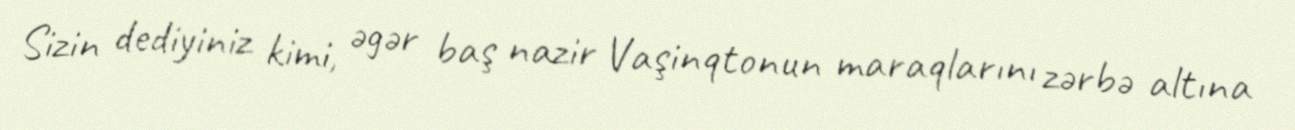
Sizin dediyiniz kimi, əgər baş nazir Vaşinqtonun maraqlarını zərbə altına